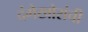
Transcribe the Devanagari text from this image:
दंगेखोरांची